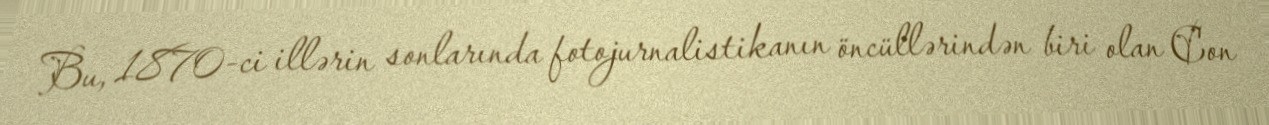
Bu, 1870-ci illərin sonlarında fotojurnalistikanın öncüllərindən biri olan Con